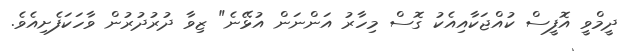
ދީމްވީ އޮފީސް ކުއްޖަކާއިއެކު ގޮސް މިހާރު އަންނަން އުޅޭނެ" ޒިވާ ދުރުދުރުން ވާހަކަފެށިއެވެ.